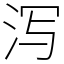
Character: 泻